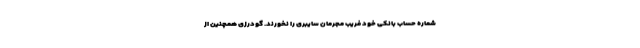
شماره حساب بانکی خود فریب مجرمان سایبری را نخورند. گودرزی همچنین از